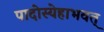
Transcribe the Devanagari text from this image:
पादोस्येहाभवत्